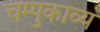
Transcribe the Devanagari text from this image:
चम्पुकाव्य